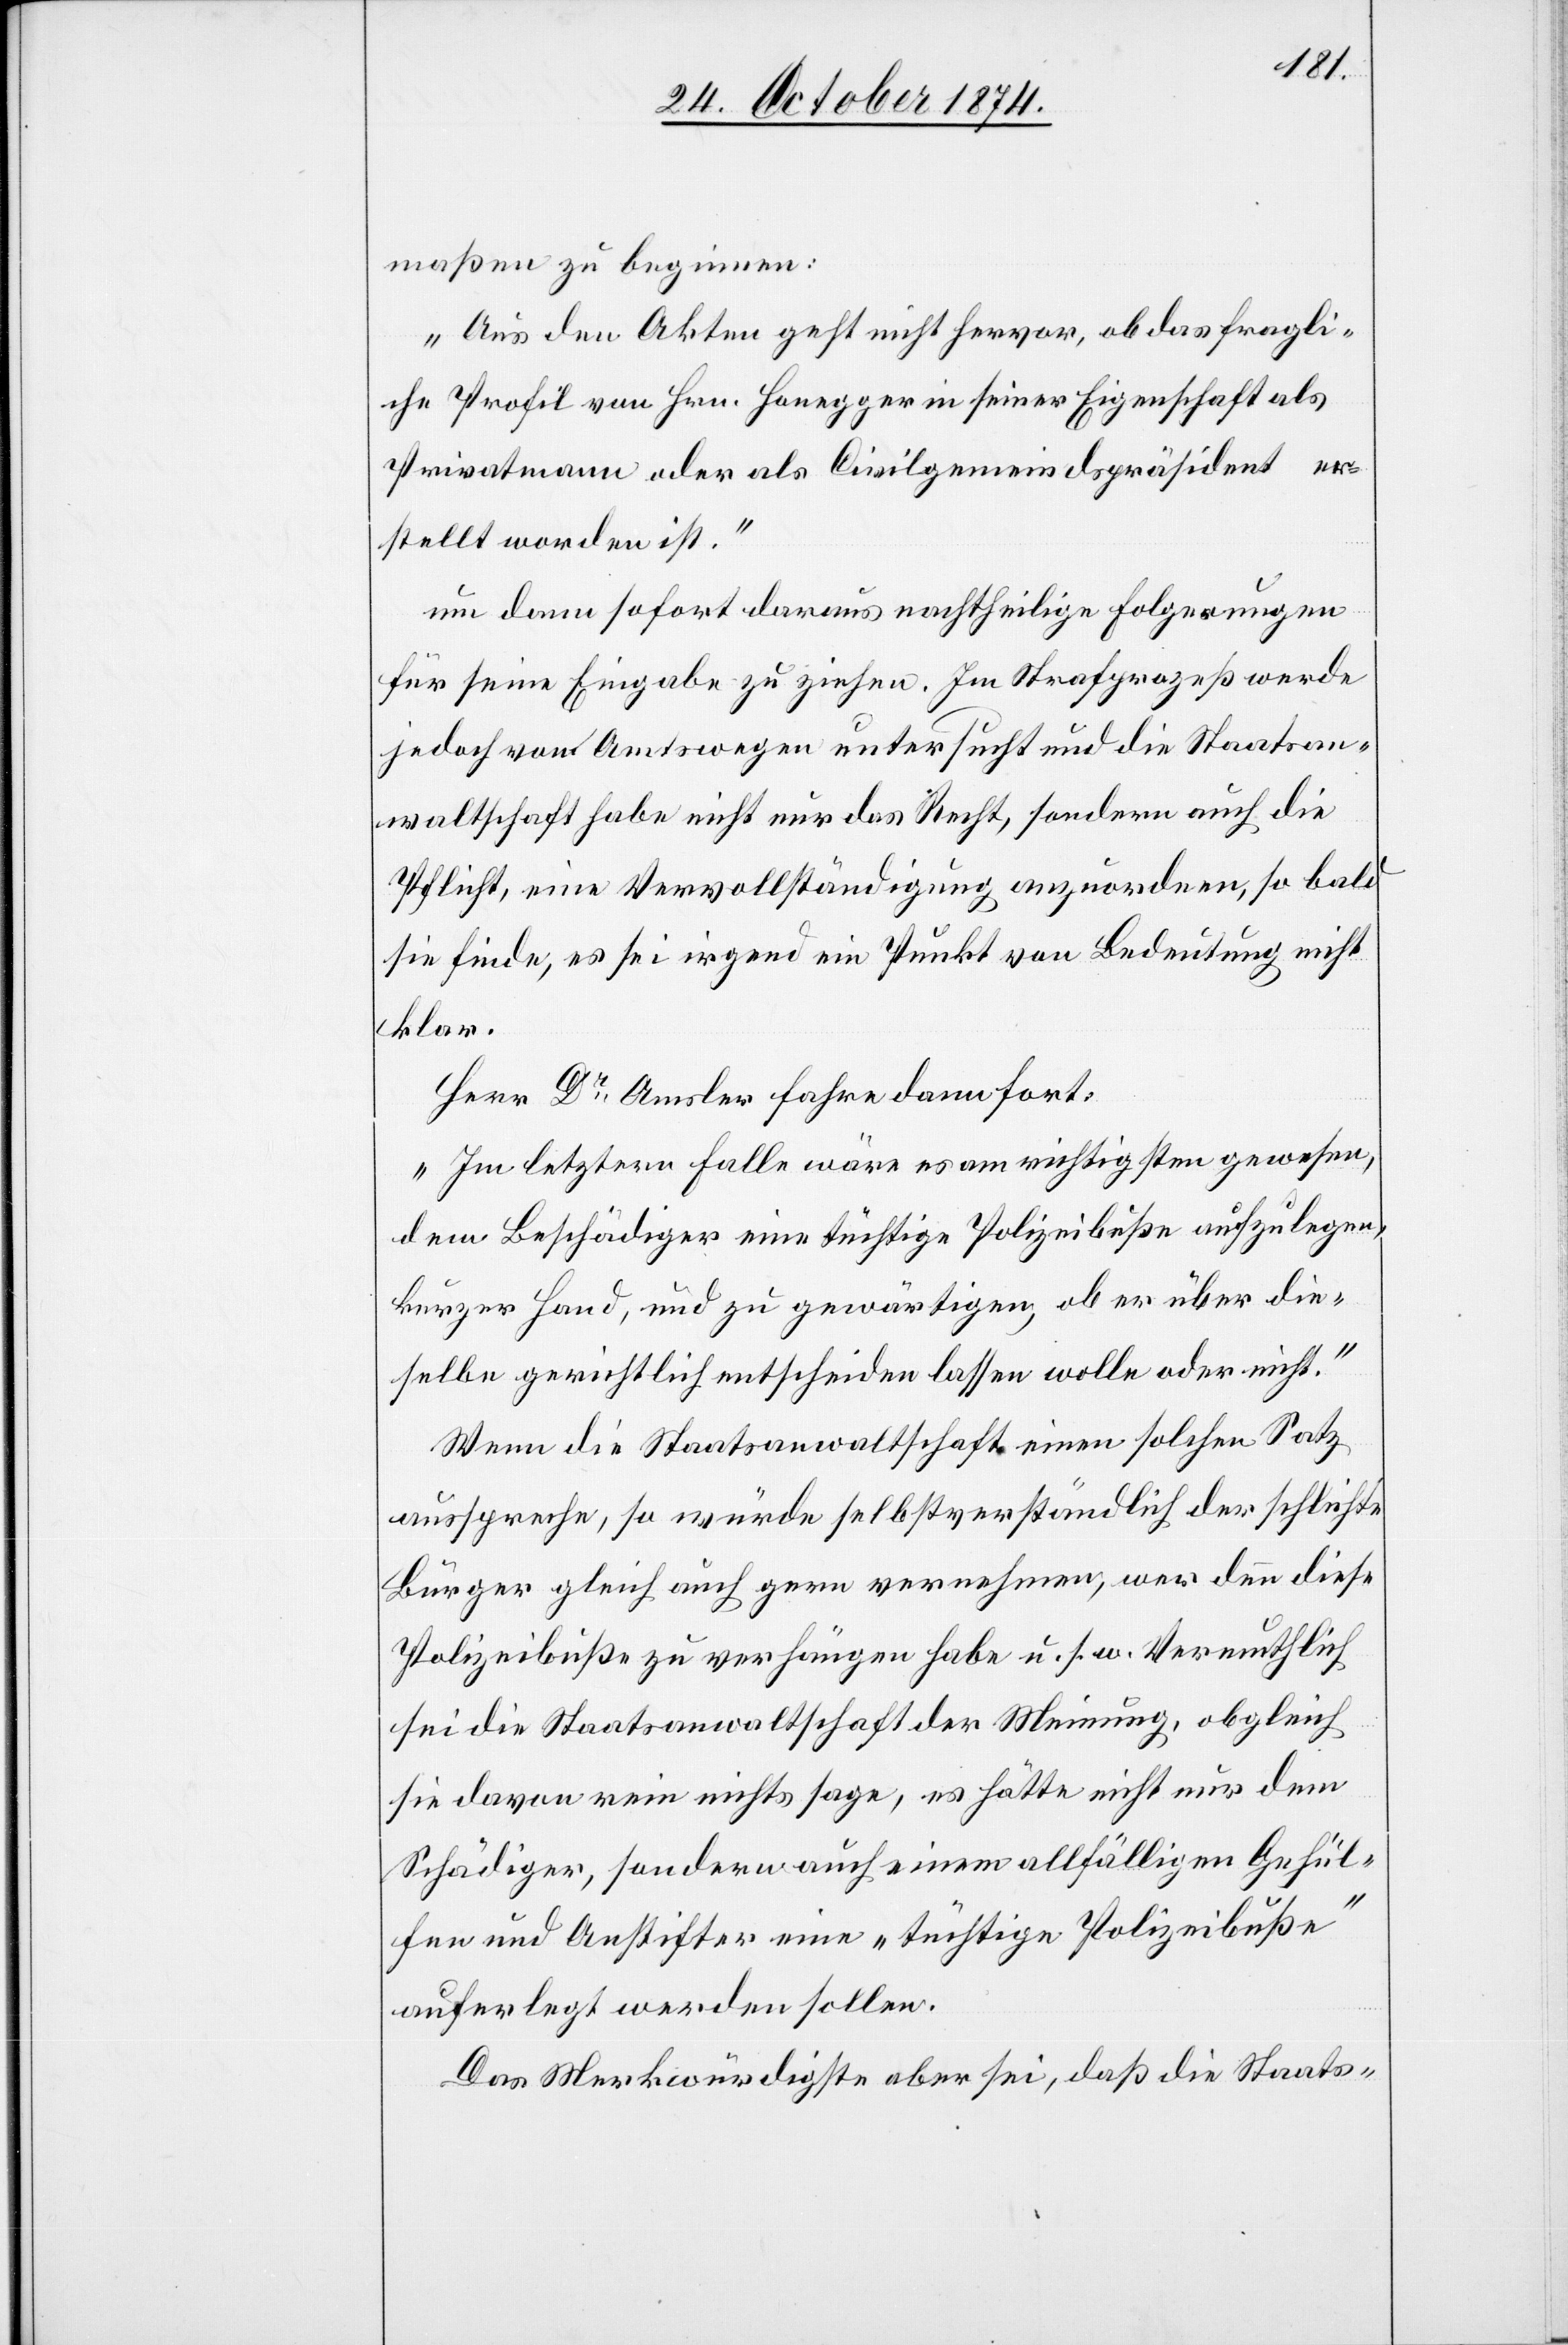
maßen zu beginnen:
„Aus den Akten geht nicht hervor, ob das fragli¬
che Profil von Hrn. Honegger in seiner Eigenschaft als
Privatmann oder als Civilgemeindspräsident er¬
stellt worden ist.“
um dann sofort daraus nachtheilige Folgerungen
für seine Eingabe zu ziehen. Im Strafprozeß werde
jedoch von Amtswegen untersucht und die Staatsan¬
waltschaft habe nicht nur das Recht, sondern auch die
Pflicht, eine Vervollständigung anzuordnen, so bald
sie finde, es sei irgend ein Punkt von Bedeutung nicht
klar.
Herr Dr Amsler fahre dann fort:
„Im letztern Falle wäre es am richtigsten gewesen,
dem Beschädiger eine tüchtige Polizeibuße aufzulegen,
kurzer Hand, und zu gewärtigen, ob er über die¬
selbe gerichtlich entscheiden lassen wolle oder nicht.“
Wenn die Staatsanwaltschaft einen solchen Satz
ausspreche, so würde selbstverständlich der schlichte
Bürger gleich auch gern vernehmen, wer denn diese
Polizeibuße zu verhängen habe u. s. w. Vermuthlich
sei die Staatsanwaltschaft der Meinung, obgleich
sie davon rein nichts sage, es hätte nicht nur dem
Schädiger, sondern auch einem allfälligen Gehül¬
fen und Anstifter eine „tüchtige Polizeibuße“
auferlegt werden sollen.
Das Merkwürdigste aber sei, daß die Staats-